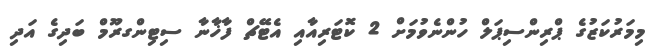
މިމަރުކަޒުގެ ޕްރިންސިޕަލް ހުންނެވުމަށް 2 ކޮޓަރިއާއި އެޓޭޗް ފާޚާނާ ސިޓިންގރޫމް ބަދިގެ އަދި